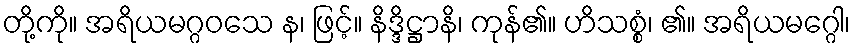
တို့ကို။ အရိယမဂ္ဂဝသေ န၊ ဖြင့်။ နိဒ္ဒိဋ္ဌာနိ၊ ကုန်၏။ ဟိသစ္စံ၊ ၏။ အရိယမဂ္ဂေါ၊